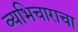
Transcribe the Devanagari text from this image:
व्यभिचाराचा